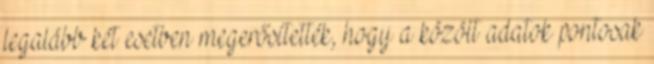
legalább két esetben megerősítették, hogy a közölt adatok pontosak